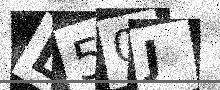
Text: L50J